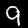
Digit: 9